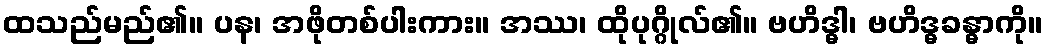
ထသည်မည်၏။ ပန၊ အဖိုတစ်ပါးကား။ အဿ၊ ထိုပုဂ္ဂိုလ်၏။ ဗဟိဒ္ဓါ၊ ဗဟိဒ္ဓခန္ဓာကို။